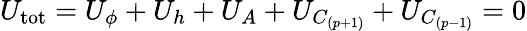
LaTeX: U_{\mathrm{tot}}=U_{\phi}+U_{h}+U_{A}+U_{C_{(p+1)}}+U_{C_{(p-1)}}=0